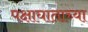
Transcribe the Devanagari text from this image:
पक्षाघाताच्या